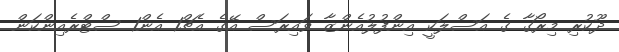
ދޫކުރި މިރޯގާ ގެ އަސްލަކީ އިންފުލުއެންޒާ ވައިރަސް އޭގެ އެޗް1 އެން1 ސްޓްރެއިންކަން